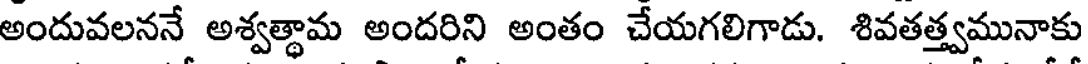
అందువలననే అశ్వత్థామ అందరిని అంతం చేయగలిగాడు. శివతత్త్వమునాకు